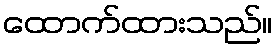
ထောက်ထားသည်။